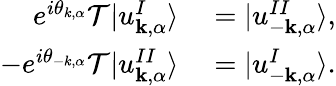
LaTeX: \begin{array}{rl}{e^{i\theta_{k,\alpha}}\mathcal{T}|u_{\mathbf{k},\alpha}^{I}\rangle}&{{}=|u_{-\mathbf{k},\alpha}^{II}\rangle,}\\ {-e^{i\theta_{-k,\alpha}}\mathcal{T}|u_{\mathbf{k},\alpha}^{II}\rangle}&{{}=|u_{-\mathbf{k},\alpha}^{I}\rangle.}\end{array}